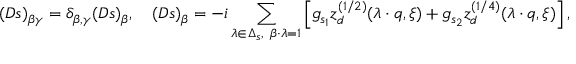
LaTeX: ( D s ) _ { \beta \gamma } = \delta _ { \beta , \gamma } ( D s ) _ { \beta } , \quad ( D s ) _ { \beta } = - i \sum _ { \lambda \in \Delta _ { s } , \ \beta \cdot \lambda = 1 } \left[ g _ { s _ { 1 } } z _ { d } ^ { ( 1 / 2 ) } ( \lambda \cdot q , \xi ) + g _ { s _ { 2 } } z _ { d } ^ { ( 1 / 4 ) } ( \lambda \cdot q , \xi ) \right] ,